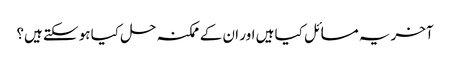
آخر یہ مسائل کیا ہیں اور ان کے ممکنہ حل کیا ہو سکتے ہیں؟